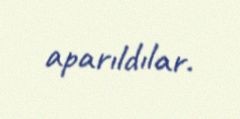
aparıldılar.